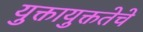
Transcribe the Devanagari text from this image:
युक्तायुक्ततेचे